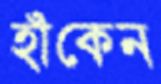
হাঁকেন